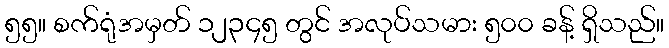
၅၅။ စက်ရုံအမှတ် ၁၂၃၄၅ တွင် အလုပ်သမား ၅၀၀ ခန့် ရှိသည်။